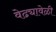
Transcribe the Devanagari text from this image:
वेढ्यावेळी